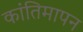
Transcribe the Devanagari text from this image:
कांतिमापन